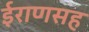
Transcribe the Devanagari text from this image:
ईराणसह